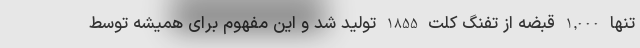
تنها 1,000 قبضه از تفنگ کلت 1855 تولید شد و این مفهوم برای همیشه توسط